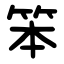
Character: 笨